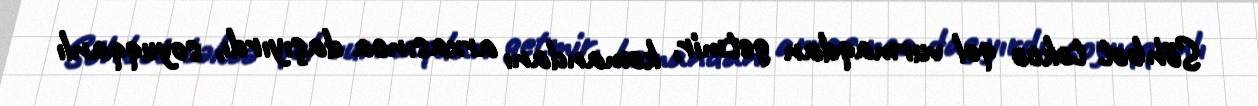
Söhbət təkcə qol vurmaqdan getmir, komandanı arxasınca daşıyırdı, soyuqqanlı